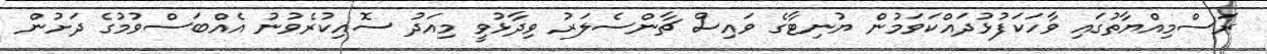
ރަސްމިއްޔާތުގައި ވާހަކަފުޅުދައްކަވަމުން ޔުނިޓާގެ ވައިސް ޗާންސެލަރު ވިދާޅުވީ މިއަދު ސޮއިކުރެވުނު އެއްބަސްވުމުގެ ދަށުން